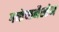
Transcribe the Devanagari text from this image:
गच्छेच्छनैस्तेन